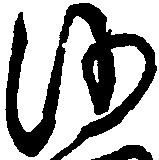
沙